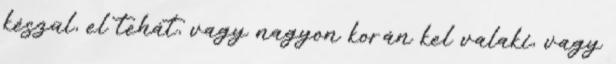
készül, el tehát, vagy nagyon korán kel valaki, vagy